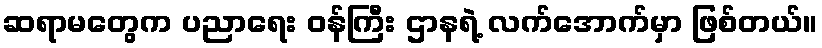
ဆရာမတွေက ပညာရေး ဝန်ကြီး ဌာနရဲ့ လက်အောက်မှာ ဖြစ်တယ်။